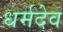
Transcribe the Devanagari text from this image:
धर्मदेव